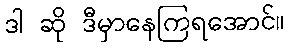
ဒါ ဆို ဒီမှာနေကြရအောင်။